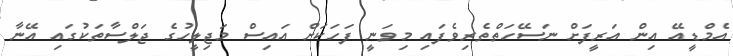
އެމްޑީއޭ އިން އަރީފަށް ނަސޭހަތްތެރިވެފައި މިވަނީ ފަހަކަށް އައިސް މަޖިލީހުގެ ޖަލްސާތަކުގައި އޭނާ